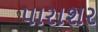
પારાશર